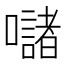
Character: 𱕣